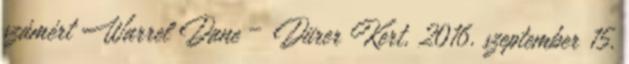
számért Warrel Dane – Dürer Kert, 2016. szeptember 15.